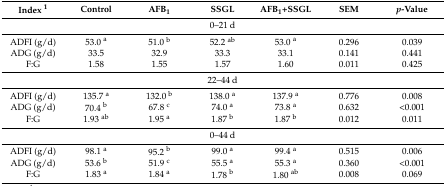
| Index 1 | Control | AFB1 | SSGL | AFB1+SSGL | SEM | p-Value |
 | --- | --- | --- | --- | --- | --- | --- |
 | <COLSPAN=7> 0–21 d |
 | ADFI (g/d) | 53.0 a | 51.0 b | 52.2 ab | 53.0 a | 0.296 | 0.039 |
 | ADG (g/d) | 33.5 | 32.9 | 33.3 | 33.1 | 0.141 | 0.441 |
 | F:G | 1.58 | 1.55 | 1.57 | 1.60 | 0.011 | 0.425 |
 | <COLSPAN=7> 22–44 d |
 | ADFI (g/d) | 135.7 a | 132.0 b | 138.0 a | 137.9 a | 0.776 | 0.008 |
 | ADG (g/d) | 70.4 b | 67.8 c | 74.0 a | 73.8 a | 0.632 | <0.001 |
 | F:G | 1.93 ab | 1.95 a | 1.87 b | 1.87 b | 0.012 | 0.011 |
 | <COLSPAN=7> 0–44 d |
 | ADFI (g/d) | 98.1 a | 95.2 b | 99.0 a | 99.4 a | 0.515 | 0.006 |
 | ADG (g/d) | 53.6 b | 51.9 c | 55.5 a | 55.3 a | 0.360 | <0.001 |
 | F:G | 1.83 a | 1.84 a | 1.78 b | 1.80 ab | 0.008 | 0.069 |